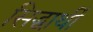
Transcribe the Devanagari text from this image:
सिद्धार्थी